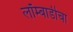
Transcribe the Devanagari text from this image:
लॉम्बार्डीचा